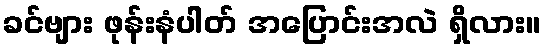
ခင်ဗျား ဖုန်းနံပါတ် အပြောင်းအလဲ ရှိလား။